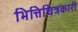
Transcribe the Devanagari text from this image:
भित्तिचित्रकारी